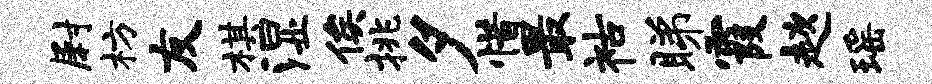
尉枋友棋湿俟挑夕惜最祜睇霞趑瑶